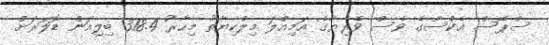
ސްޕޭސް އެކްސްގެ ވެސް ވެރިޔާގެ އަމިއްލަ މިލްކިޔާތު މިހާރު 318.4 ބިިލިއަން ޑޮލަރަށް